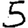
Digit: 5